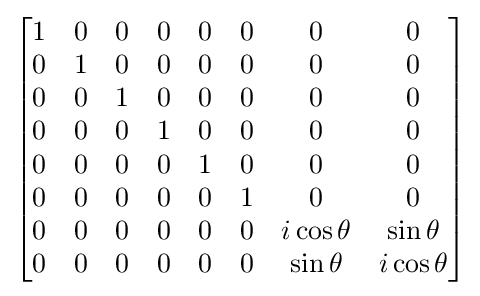
{\begin{bmatrix}1&0&0&0&0&0&0&0\\0&1&0&0&0&0&0&0\\0&0&1&0&0&0&0&0\\0&0&0&1&0&0&0&0\\0&0&0&0&1&0&0&0\\0&0&0&0&0&1&0&0\\0&0&0&0&0&0&i\cos \theta &\sin \theta \\0&0&0&0&0&0&\sin \theta &i\cos \theta \\\end{bmatrix}}